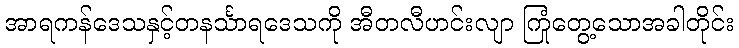
အာရကန်ဒေသနှင့်တနင်္သာရဒေသကို အီတလီဟင်းလျာ ကြုံတွေ့သောအခါတိုင်း